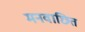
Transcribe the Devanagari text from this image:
मनवाछित